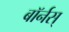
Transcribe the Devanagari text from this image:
बॉर्नस्